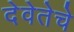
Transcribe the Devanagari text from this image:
देवेतेचे